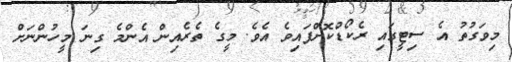
މިވަގުތު އެ ސިޓީގައި ރެކޯޑްކޮށްފައިވެ އެވެ. މީގެ ތެރެއިން އެންމެ ގިނަ މީހުންނަށް